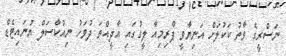
ނަސްރީގެ ވާތު ކަކުލަށް އަނިޔާވީ ޕްރިމިއާ ލީގުގައި އާދީއްތަ ދުވަހު ނިއުކާސަލް ޔުނައިޓެޑް